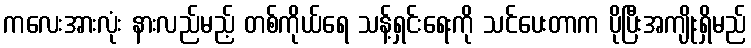
ကလေးအားလုံး နားလည်မည့် တစ်ကိုယ်ရေ သန့်ရှင်းရေးကို သင်ပေးတာက ပိုပြီးအကျိုးရှိမည်